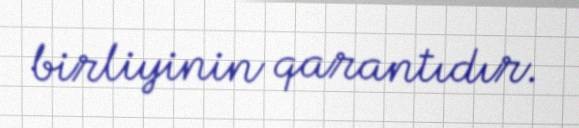
birliyinin qarantıdır.